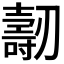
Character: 𠠐